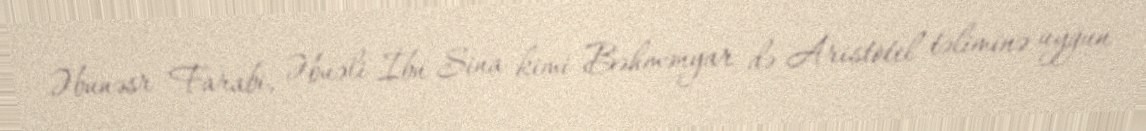
Əbunəsr Farabi, Əbuəli İbn Sina kimi Bəhmənyar də Aristotel təliminə uyğun